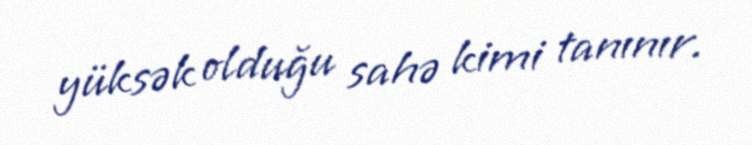
yüksək olduğu sahə kimi tanınır.